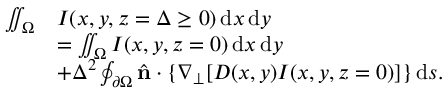
\begin{array} { r l } { \iint _ { \Omega } } & { I ( x , y , z = \Delta \ge 0 ) \, \mathrm { d } x \, \mathrm { d } y } \\ & { = \iint _ { \Omega } I ( x , y , z = 0 ) \, \mathrm { d } x \, \mathrm { d } y } \\ & { + \Delta ^ { 2 } \oint _ { \partial \Omega } \hat { \mathbf { n } } \cdot \{ \nabla _ { \perp } [ D ( x , y ) I ( x , y , z = 0 ) ] \} \, \mathrm { d } s . } \end{array}